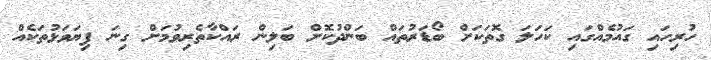
ހުރިހައި ގައުމެއްގައި ކަހަލަ ގޮތަކަށް ބޯޑަރުތައް ބަންދުކޮށް ބަލިން ރައްކާތެރިވުމަށް ގިނަ ފިޔަވަޅުތަކެއް